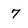
Character: 7